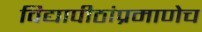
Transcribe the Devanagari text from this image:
विद्यापीठांप्रमाणेच